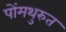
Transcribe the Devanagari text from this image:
पोंमथुरुत